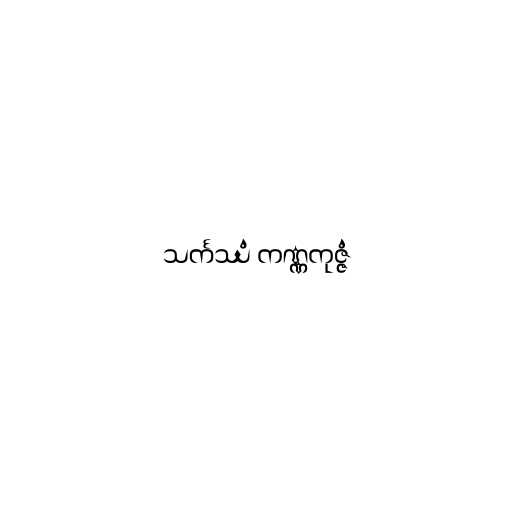
သင်္ကဿံ ကဏ္ဏကုဇ္ဇံ